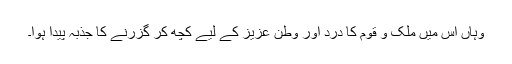
وہاں اس میں ملک و قوم کا درد اور وطن عزیز کے لیے کچھ کر گزرنے کا جذبہ پیدا ہوا۔